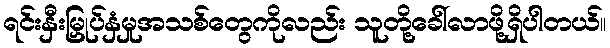
ရင်းနှီးမြှုပ်နှံမှုအသစ်တွေကိုလည်း သူတို့ခေါ်လာဖို့ရှိပါတယ်။